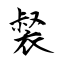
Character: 裻